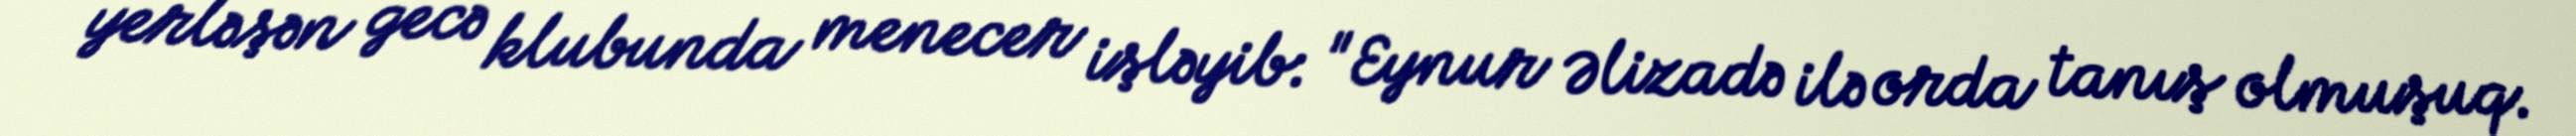
yerləşən gecə klubunda menecer işləyib: "Eynur Əlizadə ilə orda tanış olmuşuq.